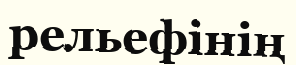
рельефінің